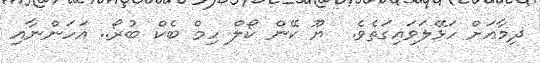
ދިމާއަށް ހަޅޭލަވައިގަތެވެ.  ޔޫ ކޭން ކޯލް ހިމް ބެކް ބުރޯ.. އަހަންނާއި